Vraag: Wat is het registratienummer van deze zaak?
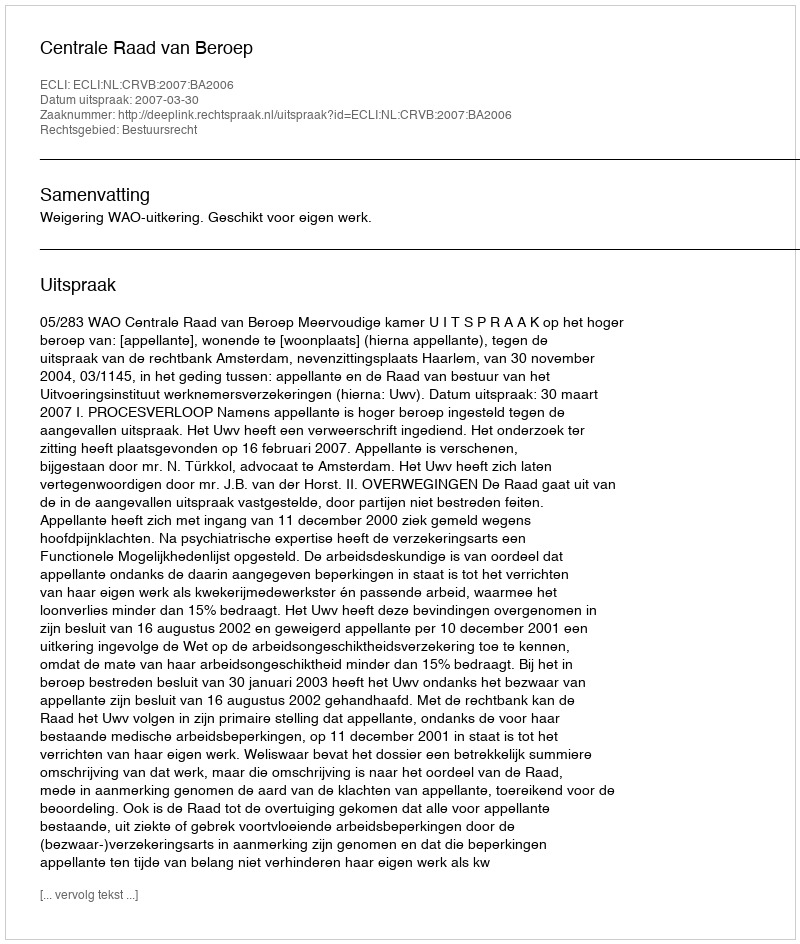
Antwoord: http://deeplink.rechtspraak.nl/uitspraak?id=ECLI:NL:CRVB:2007:BA2006